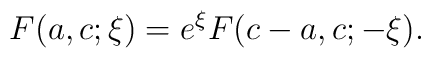
F(a,c;\xi) = e^{\xi}F(c-a,c;-\xi).